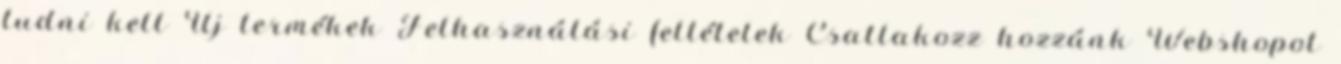
tudni kell Új termékek Felhasználási feltételek Csatlakozz hozzánk Webshopot